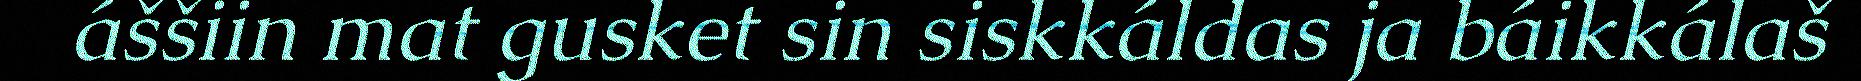
áššiin mat gusket sin siskkáldas ja báikkálaš